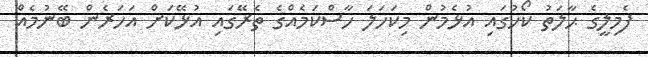
ފެމިލީގެ ޙާލަތު ކޯހުގައި އުޅެމުން މިކަހަލަ ހާސްކަމެއްގެ ތެރޭގައި އުޅޭކަށް އަހަރެން ބޭނުމެއް